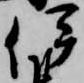
伊